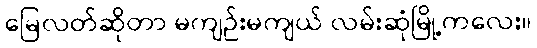
မြေလတ်ဆိုတာ မကျဉ်းမကျယ် လမ်းဆုံမြို့ကလေး။